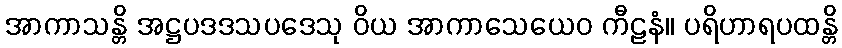
အာကာသန္တိ အဋ္ဌပဒဒသပဒေသု ဝိယ အာကာသေယေဝ ကီဠနံ။ ပရိဟာရပထန္တိ